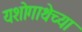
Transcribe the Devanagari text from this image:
यशोगाथेच्या